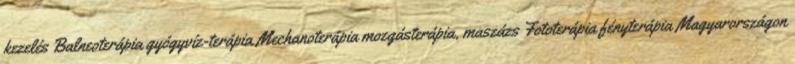
kezelés Balneoterápia gyógyvíz-terápia Mechanoterápia mozgásterápia, maszázs Fototerápia fényterápia Magyarországon